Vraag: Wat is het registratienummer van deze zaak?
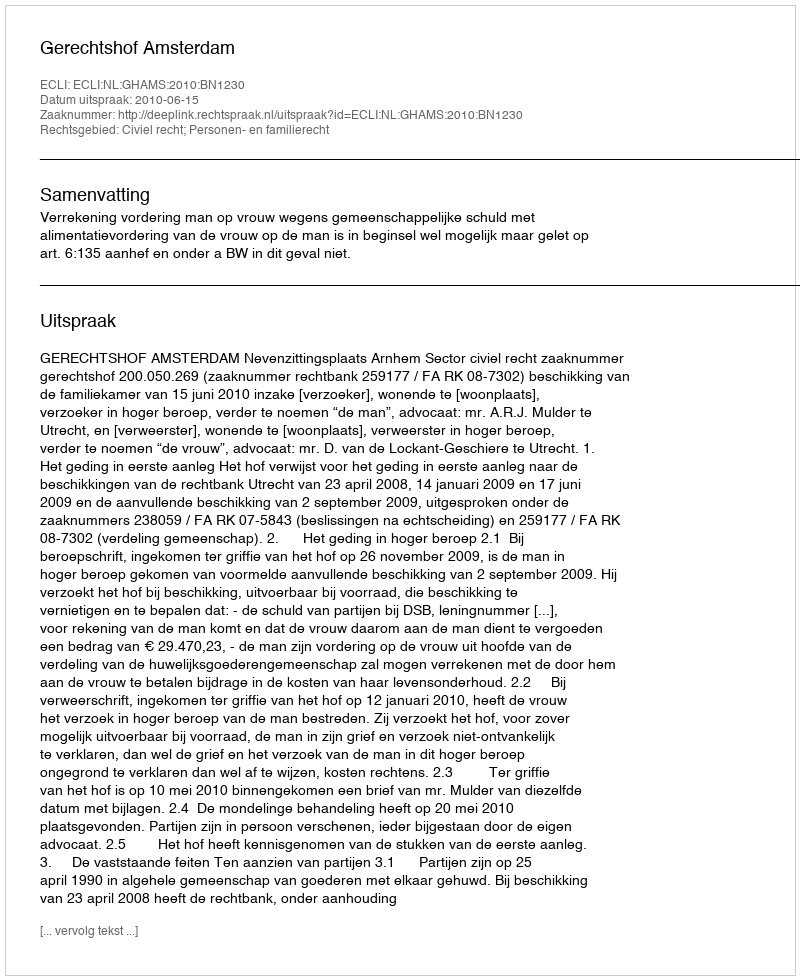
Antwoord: http://deeplink.rechtspraak.nl/uitspraak?id=ECLI:NL:GHAMS:2010:BN1230